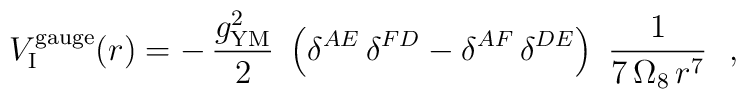
{V}_{\rm I}^{\rm gauge}(r) =-\, \frac{g_{\rm YM}^2}{2}~\left(\delta^{AE}\,\delta^{FD}-\delta^{AF}\,\delta^{DE}\right)~\frac{1}{7\,\Omega_8\,r^7}~~,